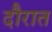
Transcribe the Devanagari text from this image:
दौरात